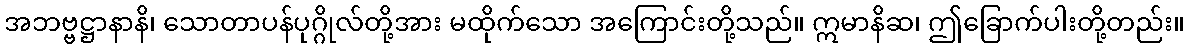
အဘဗ္ဗဋ္ဌာနာနိ၊ သောတာပန်ပုဂ္ဂိုလ်တို့အား မထိုက်သော အကြောင်းတို့သည်။ ဣမာနိဆ၊ ဤခြောက်ပါးတို့တည်း။